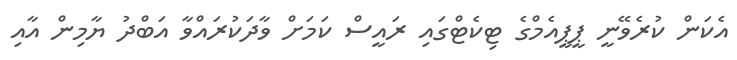
އެކަން ކުރެވޭނީ ޕީޕީއެމްގެ ޓިކެޓްގައި ރައީސް ކަމަށް ވާދަކުރައްވާ އަބްދު ޔާމިން އާއި